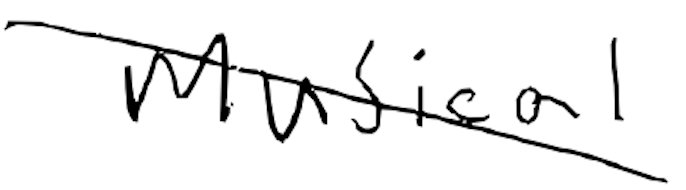
Text: musical
Cross-out: diagonal
Writing tool: digital_black